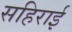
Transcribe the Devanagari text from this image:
सहिराई